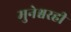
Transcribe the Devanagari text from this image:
मुनेश्वरही